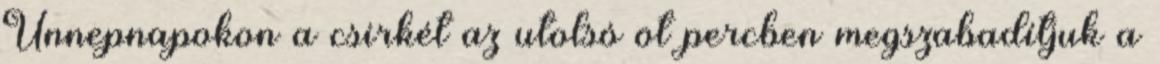
Ünnepnapokon a csirkét az utolsó öt percben megszabadítjuk a